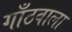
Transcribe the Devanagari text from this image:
गाँठवाला